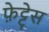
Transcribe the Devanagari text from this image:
फ़ेट्टेस